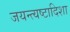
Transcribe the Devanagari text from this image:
जयन्त्यष्टादिशा